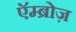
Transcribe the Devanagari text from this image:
एॅम्ब्रोज़